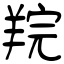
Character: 羦